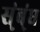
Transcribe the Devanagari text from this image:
स्ंब्ंध